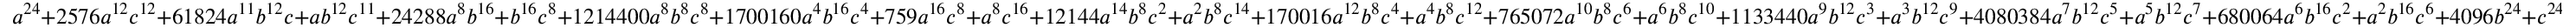
a ^ { 2 4 } + 2 5 7 6 a ^ { 1 2 } c ^ { 1 2 } + 6 1 8 2 4 a ^ { 1 1 } b ^ { 1 2 } c + a b ^ { 1 2 } c ^ { 1 1 } + 2 4 2 8 8 a ^ { 8 } b ^ { 1 6 } + b ^ { 1 6 } c ^ { 8 } + 1 2 1 4 4 0 0 a ^ { 8 } b ^ { 8 } c ^ { 8 } + 1 7 0 0 1 6 0 a ^ { 4 } b ^ { 1 6 } c ^ { 4 } + 7 5 9 a ^ { 1 6 } c ^ { 8 } + a ^ { 8 } c ^ { 1 6 } + 1 2 1 4 4 a ^ { 1 4 } b ^ { 8 } c ^ { 2 } + a ^ { 2 } b ^ { 8 } c ^ { 1 4 } + 1 7 0 0 1 6 a ^ { 1 2 } b ^ { 8 } c ^ { 4 } + a ^ { 4 } b ^ { 8 } c ^ { 1 2 } + 7 6 5 0 7 2 a ^ { 1 0 } b ^ { 8 } c ^ { 6 } + a ^ { 6 } b ^ { 8 } c ^ { 1 0 } + 1 1 3 3 4 4 0 a ^ { 9 } b ^ { 1 2 } c ^ { 3 } + a ^ { 3 } b ^ { 1 2 } c ^ { 9 } + 4 0 8 0 3 8 4 a ^ { 7 } b ^ { 1 2 } c ^ { 5 } + a ^ { 5 } b ^ { 1 2 } c ^ { 7 } + 6 8 0 0 6 4 a ^ { 6 } b ^ { 1 6 } c ^ { 2 } + a ^ { 2 } b ^ { 1 6 } c ^ { 6 } + 4 0 9 6 b ^ { 2 4 } + c ^ { 2 4 }